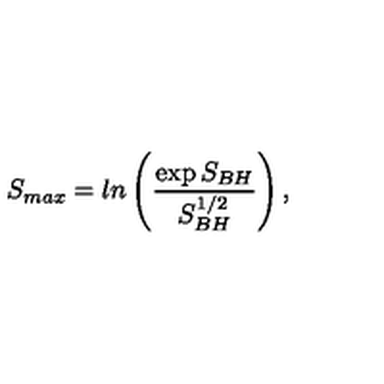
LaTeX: S _ { m a x } = l n \left( { \frac { \exp { S _ { B H } } } { S _ { B H } ^ { 1 / 2 } } } \right) ,